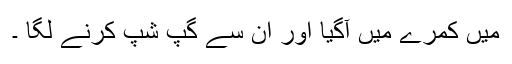
میں کمرے میں آگیا اور ان سے گپ شپ کرنے لگا ۔